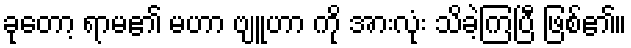
ခုတော့ ရာမ၏ မဟာ ဗျူဟာ ကို အားလုံး သိခဲ့ကြပြီ ဖြစ်၏။